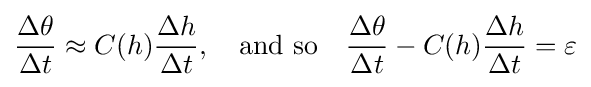
{\frac {\Delta \theta }{\Delta t}}\approx C(h){\frac {\Delta h}{\Delta t}},\quad {\mbox{and so}}\quad {\frac {\Delta \theta }{\Delta t}}-C(h){\frac {\Delta h}{\Delta t}}=\varepsilon